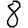
Digit: 8